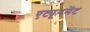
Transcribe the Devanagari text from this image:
एट्यूनमेंट